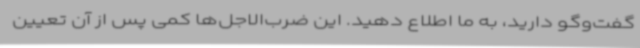
گفت‌وگو دارید، به ما اطلاع دهید. این ضرب‌الاجل‌ها کمی پس از آن تعیین